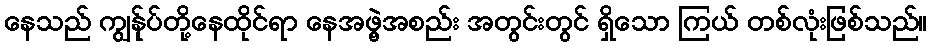
နေသည် ကျွန်ုပ်တို့နေထိုင်ရာ နေအဖွဲ့အစည်း အတွင်းတွင် ရှိသော ကြယ် တစ်လုံးဖြစ်သည်။